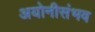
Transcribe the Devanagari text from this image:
अयोनीसंभव